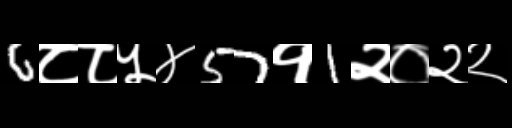
Text: 6८८५४57१1२०२२